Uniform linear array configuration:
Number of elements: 24
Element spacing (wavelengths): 0.25
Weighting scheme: blackman
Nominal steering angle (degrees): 15
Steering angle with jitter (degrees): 13.071
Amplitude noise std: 0.05
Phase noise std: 0.05

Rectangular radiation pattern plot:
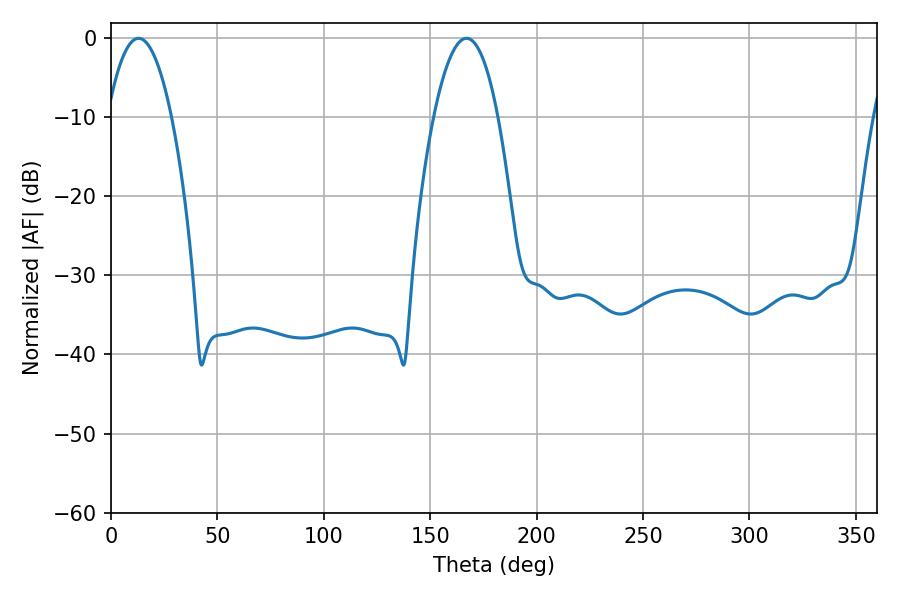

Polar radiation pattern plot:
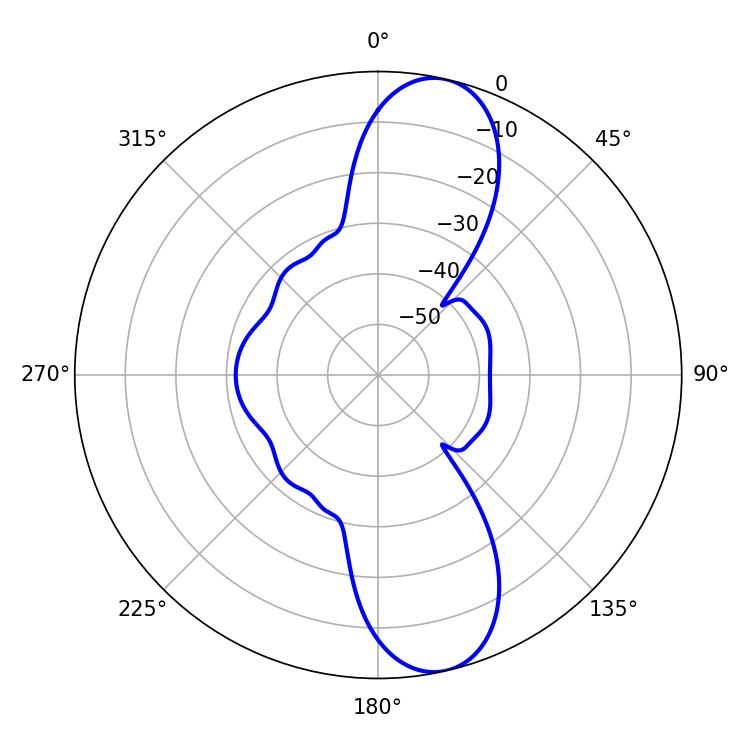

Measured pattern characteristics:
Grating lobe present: FALSE
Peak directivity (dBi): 11.552
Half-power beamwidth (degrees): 16.74
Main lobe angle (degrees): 12.96